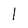
Character: l